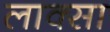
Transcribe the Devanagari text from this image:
लाक्सा